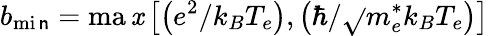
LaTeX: b_{\operatorname*{mi\mathsf{n}}}=\operatorname*{ma\mathit{x}}\left[\left(e^{2}/k_{B}{T_{e}}\right),\left(\hbar/\sqrt{}{{m_{e}^{*}{k_{B}}T_{e}}}\right)\right]